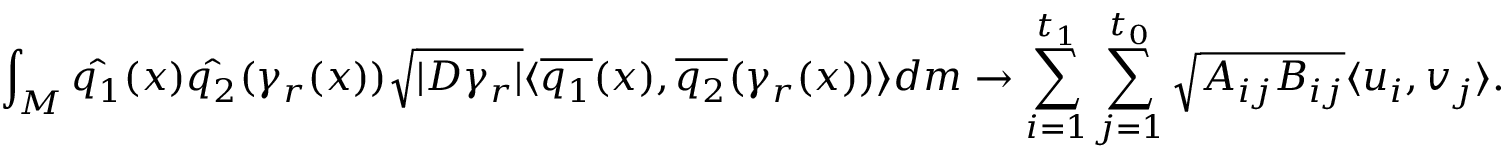
\int _ { M } \hat { q _ { 1 } } ( x ) \hat { q _ { 2 } } ( \gamma _ { r } ( x ) ) \sqrt { | D \gamma _ { r } | } \langle \overline { { q _ { 1 } } } ( x ) , \overline { { q _ { 2 } } } ( \gamma _ { r } ( x ) ) \rangle d m \to \sum _ { i = 1 } ^ { t _ { 1 } } \sum _ { j = 1 } ^ { t _ { 0 } } \sqrt { A _ { i j } B _ { i j } } \langle u _ { i } , v _ { j } \rangle .